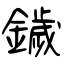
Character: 鐬